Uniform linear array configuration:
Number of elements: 12
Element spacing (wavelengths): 0.75
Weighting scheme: hann
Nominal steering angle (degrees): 0
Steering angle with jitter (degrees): -0.5054
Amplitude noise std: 0.05
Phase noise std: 0.05

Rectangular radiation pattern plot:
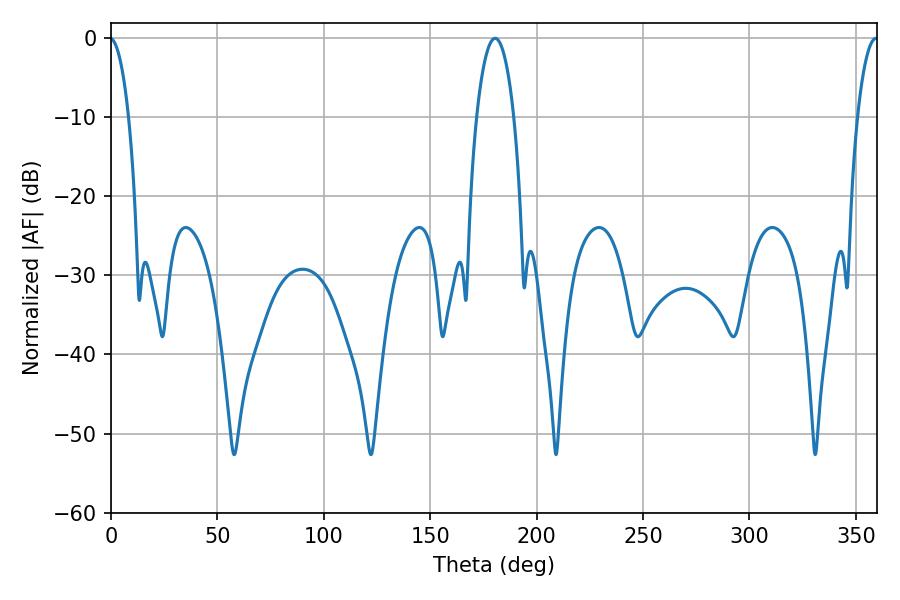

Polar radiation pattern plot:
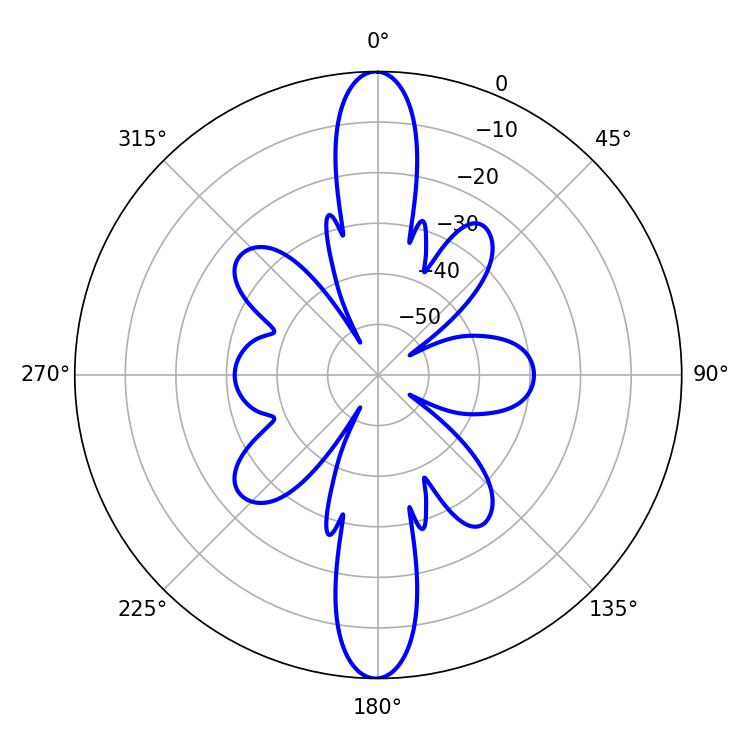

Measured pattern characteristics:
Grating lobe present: TRUE
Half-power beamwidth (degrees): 5.4
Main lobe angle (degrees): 359.46